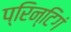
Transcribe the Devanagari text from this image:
प्रिन्टिगं